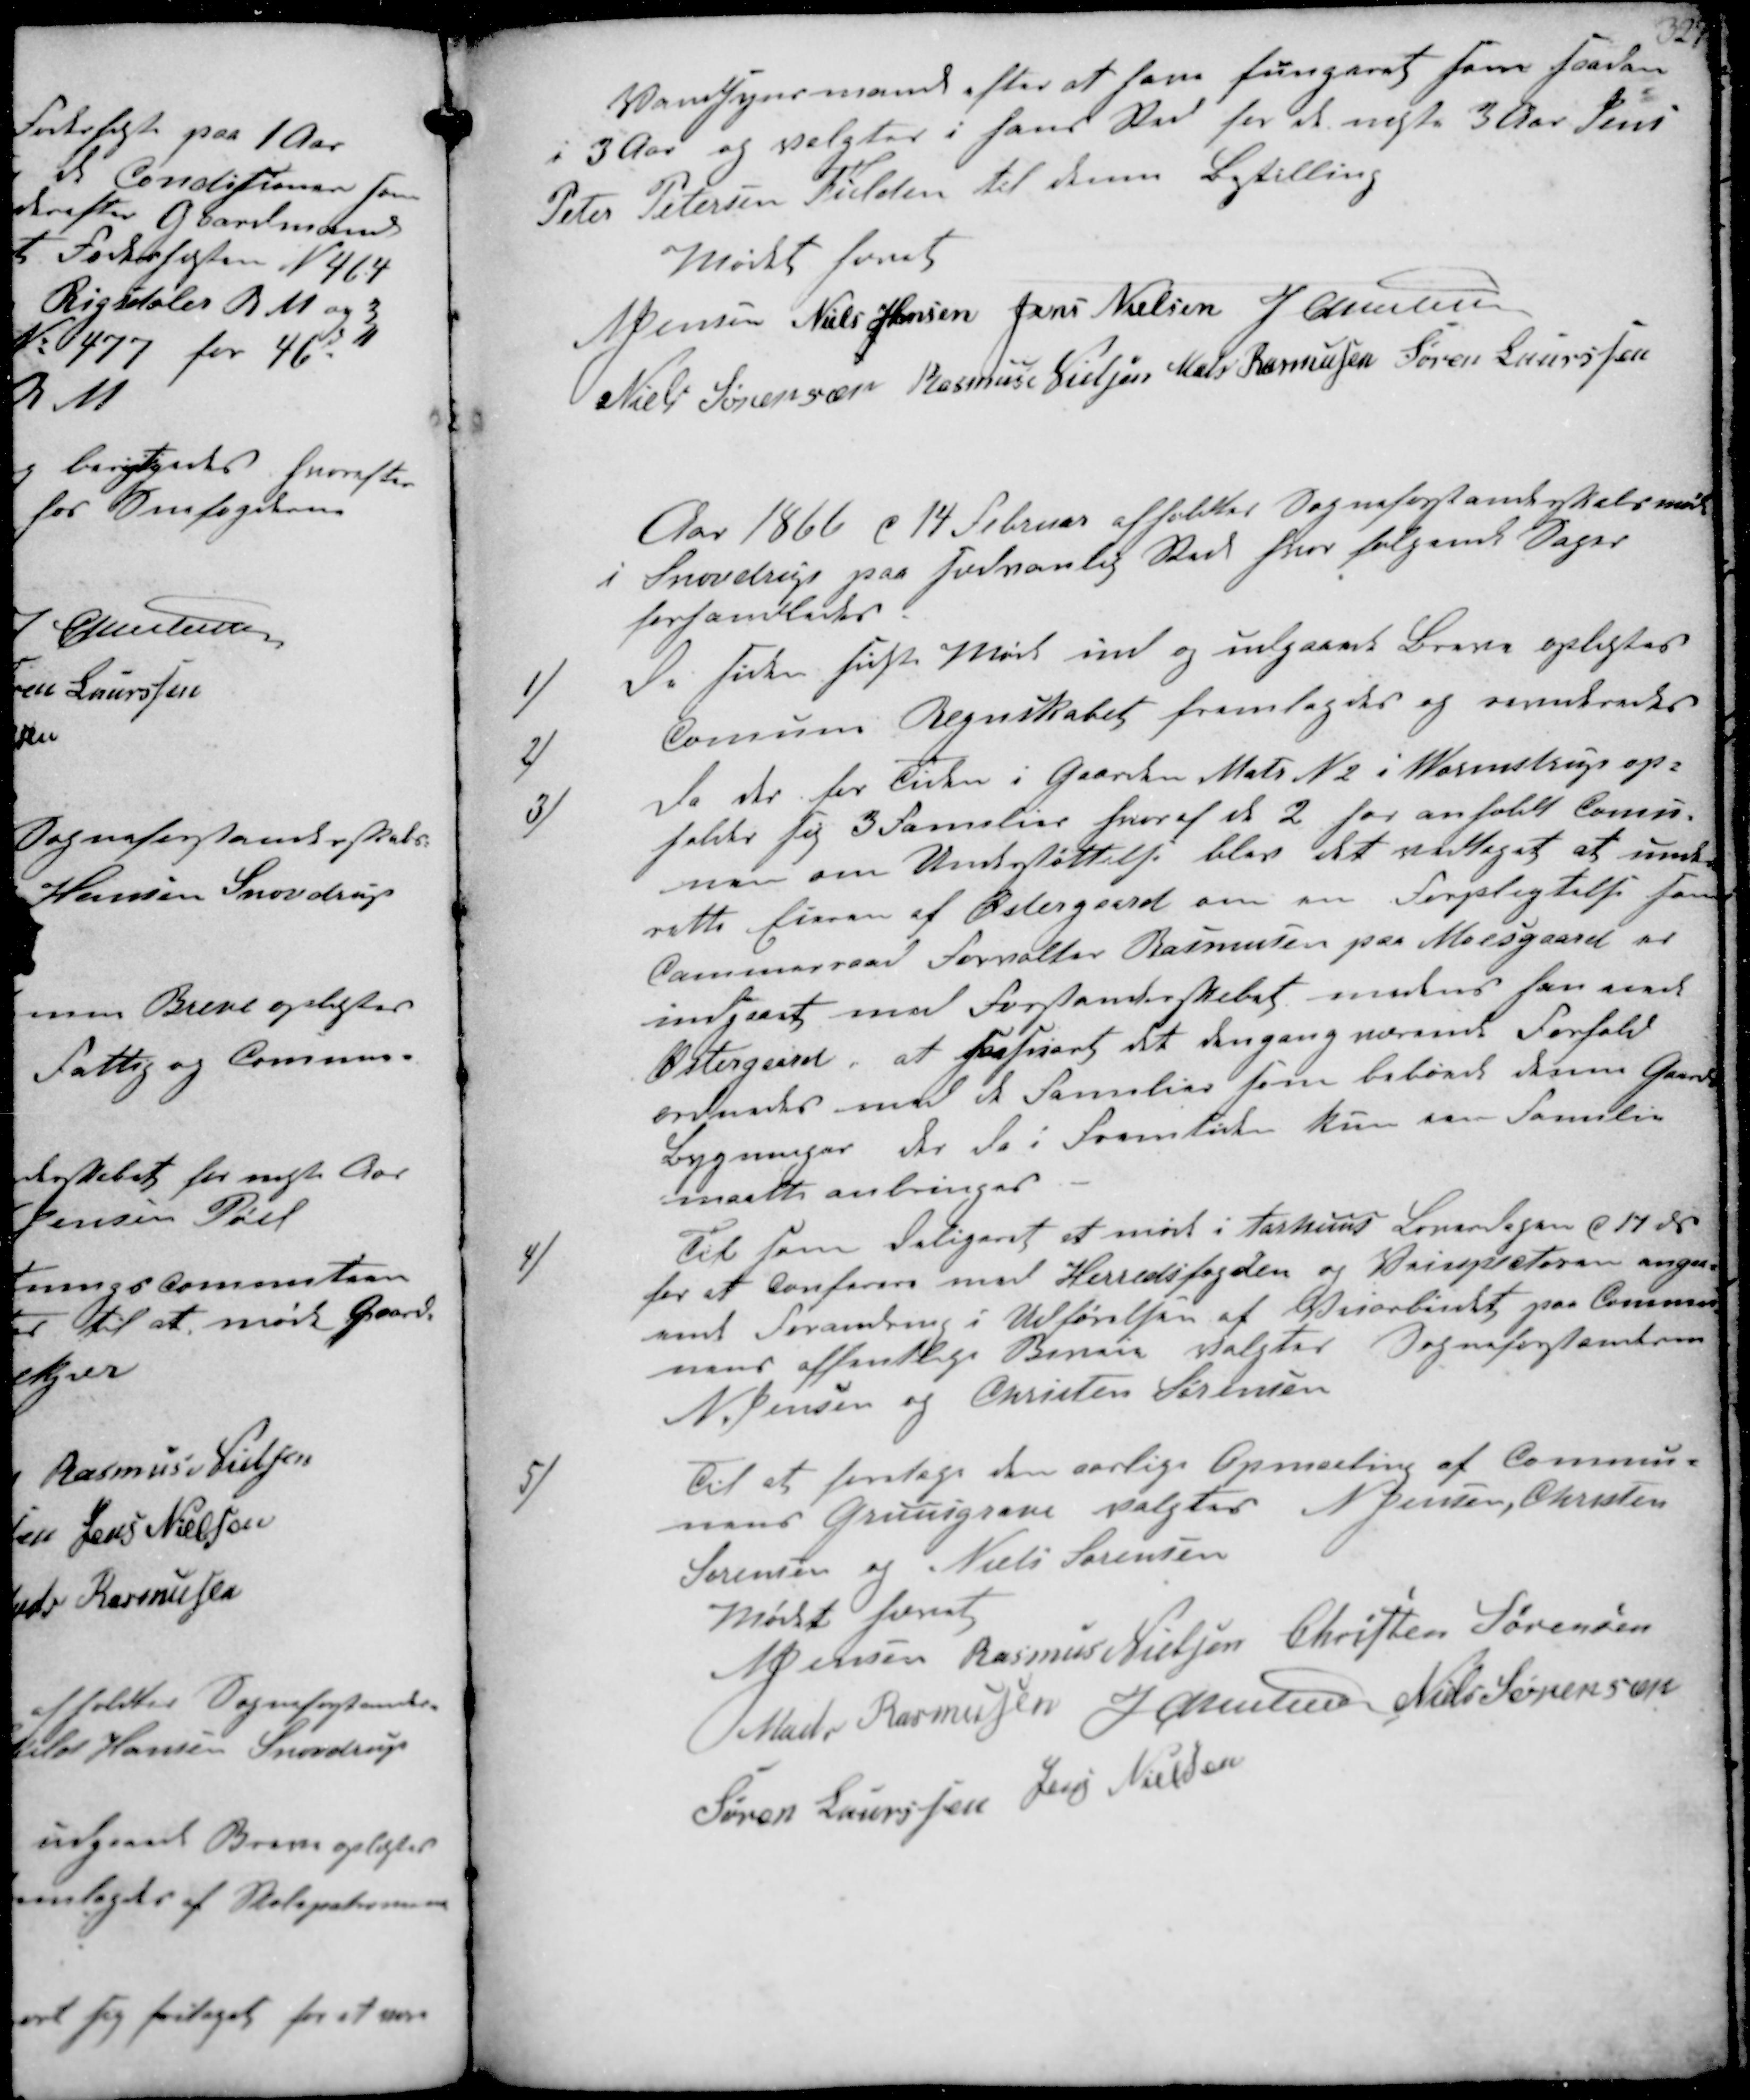
Transskription:
Vandsynsmand efter at have fungeret som saadan
i 3 Aar og valgtes i hans Sted for de næste 3 Aar Jens
Peter Petersen Fulden til denne Bestilling

Mødet hævet
N Jensen
Niels Hansen
Jans Nielsen
J Christensen
Niels Sørensen
Rasmus Nielsen
Mads Rasmussen
Søren Laurssen

Aar 1866 d 14 Februar afholdtes Sogneforstanderskabsmøde
i Snovdrup paa sædvanlig Sted hvor følgende Sager
forhandledes.

1/
De siden sidste Møde ind og udgaaede Breve oplæstes
2/
Comune Regnskabet fremlagdes og revideredes

3/
Da der for Tiden i Gaarden Matr N 2 i Wormstrup op-
holder sig 3 Familier hvoraf de 2 har anholdt Comu-
nen om Understøttelse blev det vedtaget at unde-
rette Eieren af Østergaard om en Forpligtelse som
Cammerraad Forvalter Rasmusen paa Moesgaard er
indgaaet med Forstanderskabet medens han eiede
Østergaard, at saasnart det dengang værende Forhold
ændredes med de Familier som beboede denne Gaards
Bygninger der da i Fremtiden kun een Familie
maatte anbringes

4/
Til som deligeret at møde i Aarhuus Loverdagen d 17 ds
for at Conferere med Herredsfogden og Veisepræteren angaa-
ende Forandring i Udførelsen af Veiarbeidet paa Commu-
nens offentlige Biveie valgtes Sogneforstanderne
N. Jensen og Christen Sørensen
5/
Til at foretage den aarlige Opmaaling af Commu-
nens Gruusgrave valgtes N Jensen, Christen
Sørensen og Niels Sørensen

Mødet hævet
NJensen
Rasmus Nielsen
Christen Sørensen
Mads Rasmusen
J Christensen
Niels Sørensen
Søren Laurssen
Jens Nielsen